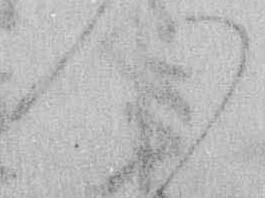
つ